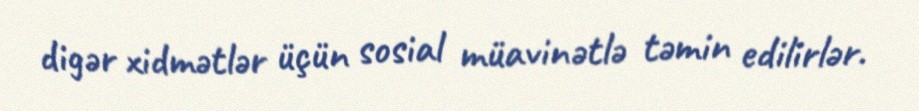
digər xidmətlər üçün sosial müavinətlə təmin edilirlər.